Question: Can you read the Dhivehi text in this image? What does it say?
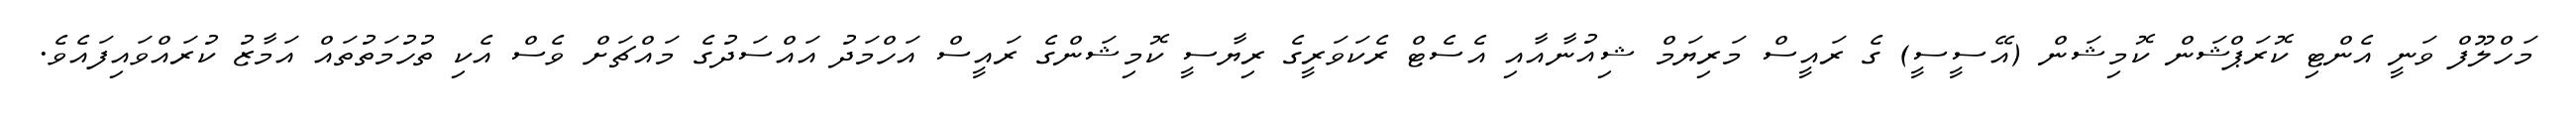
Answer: މަހްލޫފް ވަނީ އެންޓި ކޮރަޕްޝަން ކޮމިޝަން (އޭސީސީ) ގެ ރައީސް މަރިޔަމް ޝިއުނާއާއި އެސެޓް ރެކަވަރީގެ ރިޔާސީ ކޮމިޝަންގެ ރައީސް އަހްމަދު އައްސަދުގެ މައްޗަށް ވެސް އެކި ތުހުމަތުތައް އަމާޒު ކުރައްވައިފައެވެ.